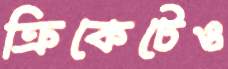
ক্রিকেটেও